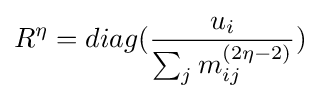
R^{\eta }=diag({\frac {u_{i}}{\sum _{j}m_{ij}^{(2\eta -2)}}})